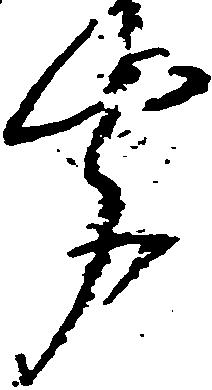
聞